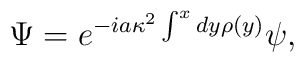
\Psi=e^{-i a \kappa^2\int^x  dy \rho(y)}  \psi ,